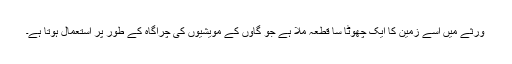
ورثے میں اُسے زمین کا ایک چھوٹا سا قطعہ ملا ہے جو گاؤں کے مویشیوں کی چراگاہ کے طور پر استعمال ہوتا ہے۔